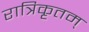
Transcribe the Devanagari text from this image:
रात्रिकृतम्‌